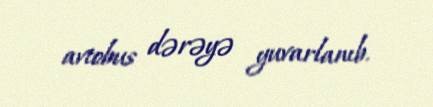
avtobus dərəyə yuvarlanıb.